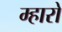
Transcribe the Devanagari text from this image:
म्हारों